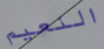
النعيم